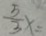
\frac { 5 } { 3 } x =